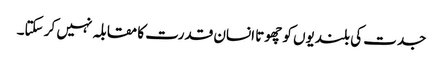
جدت کی بلندیوں کو چھوتا انسان قدرت کا مقابلہ نہیں کر سکتا۔